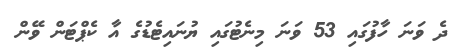
ދެ ވަނަ ހާފުގައި 53 ވަނަ މިނެޓުގައި ޔުނައިޓެޑުގެ އާ ކެޕްޓަން ވޭން